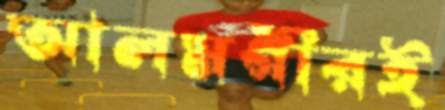
আলমগীরই